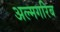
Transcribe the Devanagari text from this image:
अल्मगरिब